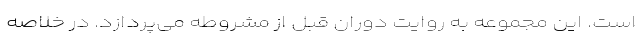
است. این مجموعه به روایت دوران قبل از مشروطه می‌پردازد. در خلاصه